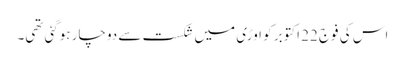
اس کی فوج 22 اکتوبر کو اوڑی میں شکست سے دوچار ہوگئی تھی۔